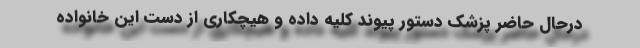
درحال حاضر پزشک دستور پیوند کلیه داده و هیچکاری از دست این خانواده